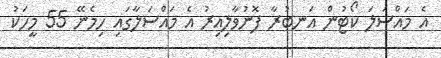
އެ މައްސަލަ ކޯޓުން އަނބުރާ ފޮނުވާލިއިރު އެ މައްސަލާގައި ހިމެނޭ 55 މީހަކު